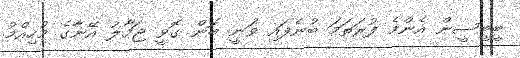
ބީބީސީން އެންމެ ފުރަތަމަ ބުނެފައި ވަނީ ބޮން ގޮވީ ޖަމާލު އޭނާގެ މުހިއްމު